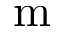
\mathrm { m }